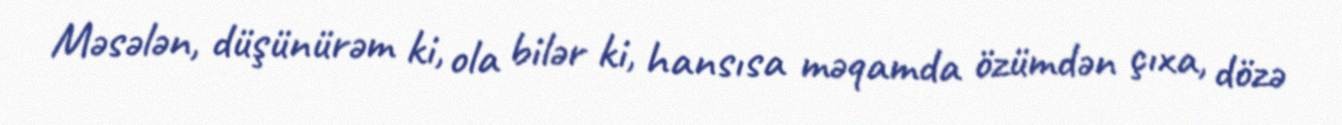
Məsələn, düşünürəm ki, ola bilər ki, hansısa məqamda özümdən çıxa, dözə